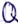
Text: Q